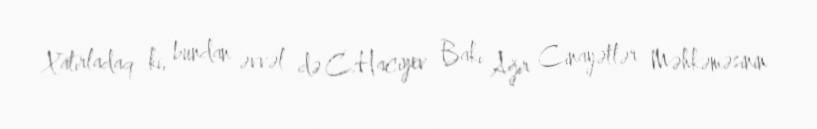
Xatırladaq ki, bundan əvvəl də C.Hacıyev Bakı Ağır Cinayətlər Məhkəməsinin